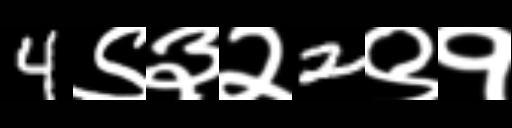
Text: 4९३२2९१